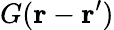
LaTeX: G(\mathbf{r}-\mathbf{r}^{\prime})